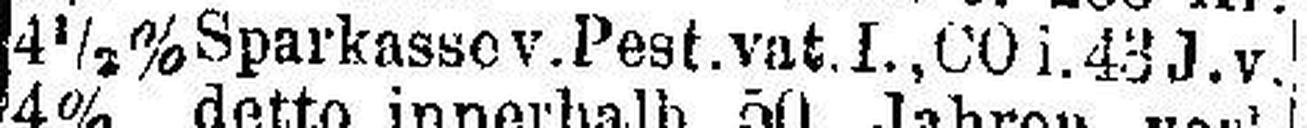
4½% Sparkasse v.Pest.vat.I., CO i. 43 J.v.